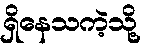
ရှိနေသကဲ့သို့